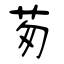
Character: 茐